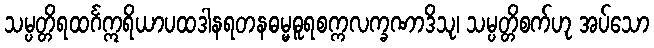
သမ္ပတ္တိရထင်္ဂဣရိယာပထဒါနရတနဓမ္မဓူရစက္ကလက္ခဏာဒိသု၊ သမ္ပတ္တိစက်ဟု အပ်သော